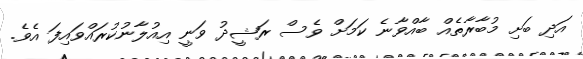
އަދި ބަށި މުބާރާތެއް ބާއްވާނެ ކަމަށް ވެސް ރަޝީދު ވަނީ އިއުލާނުކުރައްވައިފަ އެވެ.